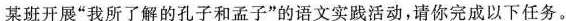
某班开展”我所了解的孔子和孟子”的语文实践活动，请你完成以下任务。